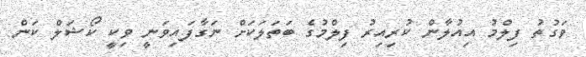
ވަގުތު ފިލްމު އިއުލާން ކުރިއިރު ފިލްމުގެ ބަތަލަކަށް ނަގާފައިވަނީ ވިކީ ކޯޝަލް ކަން